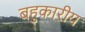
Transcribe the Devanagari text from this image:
बहुकारीय